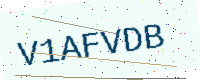
Text: V1AFVDB